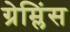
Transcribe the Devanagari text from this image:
ग्रेम्लिंस